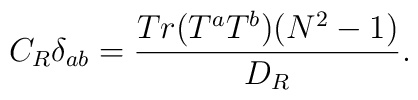
C_R\delta_{ab}=\frac{Tr(T^aT^b)(N^2-1)}{D_R}.